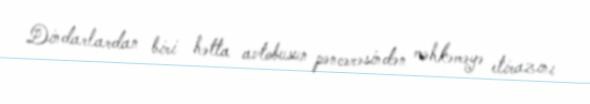
Dindarlardan biri hətta avtobusun pəncərəsindən məhkəməyə etirazını